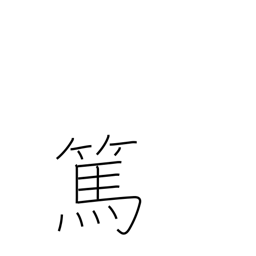
Meaning: kind